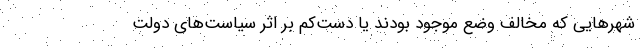
شهرهایی که مخالف وضع موجود بودند یا دست‌کم بر اثر سیاست‌های دولت